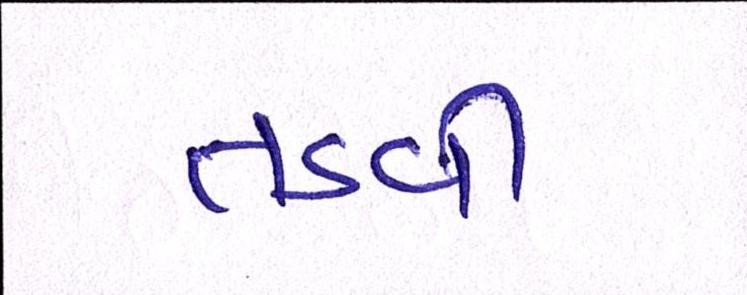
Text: તડવી